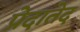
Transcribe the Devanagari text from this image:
प्रेदातेद